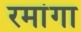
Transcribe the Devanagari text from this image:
रमांगा